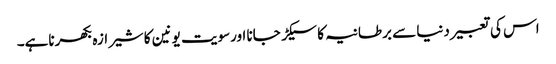
اس کی تعبیر دنیا سے برطانیہ کا سیکڑ جانا اورسویت یونین کا شیرازہ بکھرناہے۔